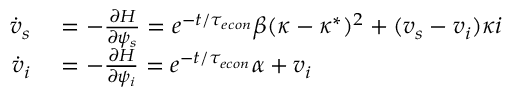
\begin{array} { r l } { \dot { v } _ { s } } & { { } = - \frac { \partial H } { \partial \psi _ { s } } = e ^ { - t / { \tau _ { e c o n } } } \beta ( \kappa - \kappa ^ { * } ) ^ { 2 } + ( v _ { s } - v _ { i } ) \kappa i } \\ { \dot { v } _ { i } } & { { } = - \frac { \partial H } { \partial \psi _ { i } } = e ^ { - t / { \tau _ { e c o n } } } \alpha + v _ { i } } \end{array}